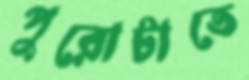
পুরোটাতে